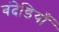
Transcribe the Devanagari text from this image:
बंदेडियाँ